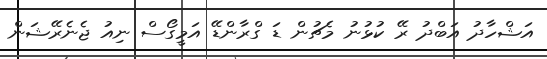
އަޝްހާދު އަބްދު ރޭ ކުޅުނު މެޗުން ޑަ ގްރާންޑޭ އަމީގޯސް ނިއު ޖެނެރޭޝަން